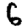
Digit: 6